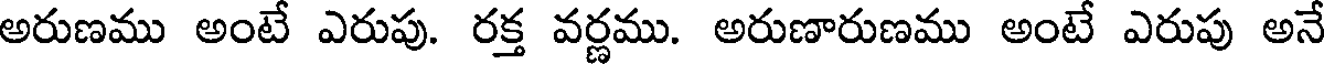
అరుణము అంటే ఎరుపు. రక్త వర్ణము. అరుణారుణము అంటే ఎరుపు అనే